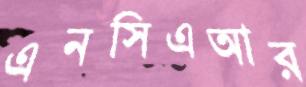
এনসিএআর